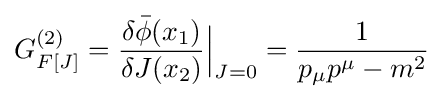
G_{F[J]}^{(2)}={\frac {\delta {\bar {\phi }}(x_{1})}{\delta J(x_{2})}}{\Big |}_{J=0}={\frac {1}{p_{\mu }p^{\mu }-m^{2}}}